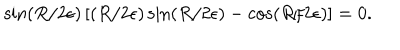
LaTeX: \sin \left( R / 2 \epsilon \right) \left[ \left( R / 2 \epsilon \right) \sin \left( R / 2 \epsilon \right) - \cos \left( R / 2 \epsilon \right) \right] = 0 .